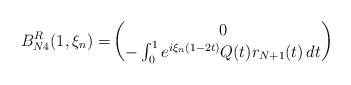
\begin{align*}\\ B_{N4}^R(1,\xi_n)=&\begin{pmatrix}0 \\ -\int_0^1e^{i\xi_n(1-2t)}Q(t)r_{N+1}(t)\,dt\end{pmatrix}\end{align*}